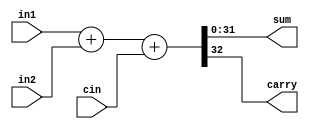
module bit32add(in1,in2,cin,sum,carry);
	input [31:0] in1,in2;
	input cin;
	output [31:0] sum;
	output carry;
	

	assign {carry,sum} = in1+in2+cin;
	
	/*
	
	always @ (a or b) begin
		s[0] = 0;
		for (i=0;i<=31;i=i+1) begin
		sum [i] = a[i] ^ b[i] ^ s[i];
		s[i+1] = (a[i] & b[i]) | (b[i] & s[i]) | (s[i] & a[i]);
		end
	carry = s[32];
	end
	
	*/	
endmodule


module bit32and (out,in1,in2);
input [31:0] in1,in2;
output [31:0] out;
assign {out}=in1 &in2;
endmodule

module bit32or (out,in1,in2);
input [31:0] in1,in2;
output [31:0] out;
assign {out}=in1|in2;
endmodule


module mux2to1(out,sel0,sel1,in1,in2,in3);
	input in1,in2,in3,sel0,sel1;
	output out;
	wire not_sel0,not_sel,a1,a2,a3,t;
	
	
	
	not (not_sel0,sel0);
	not (not_sel1,sel1);
	and (a1,not_sel1,not_sel0,in1);
	and (a2,not_sel1,sel0,in2);
	and (a3,sel1,not_sel0,in3);
	or(out,a1,a2,a3);
	
	
endmodule

module bit8_mux(in1,in2,in3,out,sel0,sel1);
	input [7:0] in1,in2,in3;
	output [7:0] out;
	input sel0,sel1;
	genvar i;
	
	generate for(i=0;i<=7;i=i+1) begin: loop
		mux2to1 m2(out[i],sel0,sel1,in1[i],in2[i],in3[i]);
	end
	endgenerate
	
endmodule

module bit32_mux(in1,in2,in3,out,sel0,sel1);
	input [31:0] in1,in2,in3;
	output [31:0] out;
	input sel0,sel1;
	
	/*
	genvar i,j;
	
	generate for(i=0;i<=3;i=i+1) begin: loop
		
		mux2to1 m2(out[(i*8)+7:i*8],sel,in1[[(i*8)+7:i*8],in2[[(i*8)+7:i*8]);
	end
	endgenerate
	*/
	
	
	 bit8_mux n1(in1[7:0],in2[7:0],in3[7:0],out[7:0],sel0,sel1);
	 bit8_mux n2(in1[15:8],in2[15:8],in3[15:8],out[15:8],sel0,sel1);
	 bit8_mux n3(in1[23:16],in2[23:16],in3[23:16],out[23:16],sel0,sel1);
	 bit8_mux n4(in1[31:24],in2[31:24],in3[31:24],out[31:24],sel0,sel1);
endmodule



module reg_32bit(r,D,clock,reset);
	input [31:0] D;
	input reset, clock;
	 
	output reg [31:0] r;
	
	
	
	always @ (posedge clock)
	begin
	if (!reset) r <= 32'd2;
	else r <= D;
	
	
end
endmodule



module bit_mux4_1(regData,q1,q2,q3,q4,reg_no);
	input [31:0] q1,q2,q3,q4;
	input [1:0] reg_no;
	output reg [31:0] regData;
		
	always@(*)
	begin
	
	if (reg_no==2'b00)
	regData = q1;
	else if (reg_no==2'b01)
	regData = q2;
	else if (reg_no==2'b10)
	regData = q3;
	else
	regData = q4;
	end
endmodule

module deco2to4(regno,regout);
	
	input [1:0] regno;
	output reg [3:0] regout;
	
	always@(*)
	begin
		if(regno==2'b00)
		regout = 4'b0001;
		else if(regno==2'b01)
		regout = 4'b0010;
		else if(regno==2'b10)
		regout = 4'b0100;
		else
		regout = 4'b1000;	
		
	end
	
endmodule


//////////////////////////////////////////////
module  MainControlUnit(RegDst, ALUSrc, MemToReg, RegWrite, MemRead, MemWrite, Branch, ALUOp0, ALUOp1, Op);
  output reg RegDst, ALUSrc, MemToReg, RegWrite, MemRead, MemWrite, Branch, ALUOp0, ALUOp1;
  input [5:0] Op;
  reg  RFormat, LW, SW, BEQ;
  always@*
  begin
  RFormat = (~Op[5])&(~Op[4])&(~Op[3])&(~Op[2])&(~Op[1])&(~Op[0]);
  LW = (Op[5])&(~Op[4])&(~Op[3])&(~Op[2])&(Op[1])&(Op[0]);
   SW = (Op[5])&(~Op[4])&(Op[3])&(~Op[2])&(Op[1])&(Op[0]);
   BEQ = (~Op[5])&(~Op[4])&(~Op[3])&(Op[2])&(~Op[1])&(~Op[0]);
   RegDst = RFormat;
   ALUSrc = LW | SW;
  MemToReg = LW;
   RegWrite = RFormat | LW;
  MemRead = LW;
  MemWrite = SW;
    Branch = BEQ;
   ALUOp0 = RFormat;
   ALUOp1 = BEQ;
   end
endmodule

module ALU_control(ALUop,funct_field,operation);
	input [1:0] ALUop;
	input [5:0] funct_field;
	
	output reg [2:0] operation;
	
	always@*
	begin
	 operation[2] = (ALUop[0]) | (ALUop[1]&funct_field[1]);
	operation[1] = (~ALUop[1])|(~funct_field[2]);
	 operation[0] = (ALUop[1])&(funct_field[3]|funct_field[0]);
end
endmodule

///////////////////////////////

module regfile(clk,reset,ReadReg1,ReadReg2,WriteData,WriteReg,RegWrite,ReadData1,ReadData2);
	
	input clk,reset,RegWrite;
	input [1:0] ReadReg1,ReadReg2,WriteReg;
	input [31:0] WriteData;
	output[31:0] ReadData2,ReadData1;
	reg [3:0] regclk;
	
	wire [31:0] temp[3:0];
	wire [3:0] deco;
	genvar i;
	
	generate for(i=0;i<=3;i=i+1) begin: loop
		reg_32bit a(temp[i],WriteData,regclk[i],reset);
	end
	endgenerate
	
	bit_mux4_1 m1(ReadData1,temp[0],temp[1],temp[2],temp[3],ReadReg1);
	bit_mux4_1 m2(ReadData2,temp[0],temp[1],temp[2],temp[3],ReadReg2);
	
	
	deco2to4 d1(WriteReg,deco);
	
	integer j;
		
	always@(*)
	begin
	for(j=0;j<=3;j++)
	begin
		regclk[j] = deco[j] & RegWrite & clk ;
	end
	end
	
endmodule

module ALU(in1,in2,binvert,cin,operation,out,cout);

	input [31:0] in1,in2;	
	input cin,binvert;
	input [1:0] operation;
	output [31:0] out;
	output cout;
	wire [31:0] mux1,mux2,mux3; 
	reg [31:0] add;
	
	
	always@(binvert)
	begin
		if(binvert==1'b0)
		add = in2;
		else
		add = ~in2;
	end
	
	bit32and a(mux1,in1,in2);
	bit32or b(mux2,in1,in2);
	bit32add c(in1,add,cin,mux3,cout);
	
	
	bit32_mux d(mux1,mux2,mux3,out,operation[0],operation[1]);
	
endmodule


module instmem(PC,inst);
	input [4:0] PC;
	output reg [31:0] inst;

	reg [31:0] mem[31:0];
	initial
	begin
	mem[0] = 32'b00000000000000010000000000000000;
	mem[1] = 32'b00000000000000010001000000000000;

	end
	
	always@*
	inst = mem[PC];
	
endmodule

module regpc(PC,out);

	input [4:0] PC;
	output reg [4:0] out;
	
	always@*
	out = PC;
	
	
	
endmodule


module SCDP(ALU_output,PC,reset,clk);
	output reg [31:0] ALU_output;
	input [4:0] PC;
	input reset;
	input clk;
	
	wire [4:0] inputInstmem;
	regpc rpc(PC,inputInstmem);
	
	wire [31:0] inst;
	instmem imem(inputInstmem,inst);
	
	wire RegDst, ALUSrc, MemToReg, RegWrite, MemRead, MemWrite, Branch, ALUOp0, ALUOp1;	
	MainControlUnit mcu(RegDst, ALUSrc, MemToReg, RegWrite, MemRead, MemWrite, Branch, ALUOp0, ALUOp1, inst[31:26]);
	
	reg [1:0] aluop;
	
	always@*
	begin
	aluop[0] = ALUOp0;
	aluop[1] = ALUOp1;
	end
	
	wire [2:0] Aluinput;//
	ALU_control alucon(aluop,inst[5:0],Aluinput);
	
	
	
	reg [31:0] WriteData;//
	reg [1:0] WriteReg;
	
	always@*
	begin
		if(RegDst==0)
		WriteReg = inst[17:16];
		else
		WriteReg = inst[12:11];
	end
	
	wire [31:0] ReadData2,ReadData1;
	regfile rf(clk,reset,inst[22:21],inst[17:16],WriteData,WriteReg,RegWrite,ReadData1,ReadData2);
	
	integer i;

	
	reg [31:0] aluin2;
	
	
	reg [31:0] signextend;
	always@*
	begin
	signextend[15:0] = inst[15:0];
		
	for(i=16;i<=31;i=i+1)
	signextend[i] = inst[15];
	
	
		if(ALUSrc==0)
		aluin2 = ReadData2;
		else
		aluin2 = signextend;
	end
	
	wire [31:0] Aluout;
	wire cout;
	ALU abb(ReadData1,aluin2,Aluinput[2],1'b0,Aluinput[1:0],Aluout,cout);
	
	always@*
	begin
	 WriteData = Aluout;
	 ALU_output = ReadData1;
	end
	
	

endmodule

module TestBench;
wire [31:0] ALU_output;
reg [4:0] PC;
reg reset,clk;

SCDP sc(ALU_output,PC,reset,clk);
initial
begin
#0 clk = 0; PC = 5'd0; reset = 0;
#50 reset = 1;
#400 $finish;
end
always
begin
#20 clk = ~clk;
end



initial
begin
$dumpfile("test.vcd");
$dumpvars();
end

endmodule